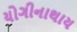
યોગીનાથાય